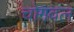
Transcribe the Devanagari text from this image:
चोगवल